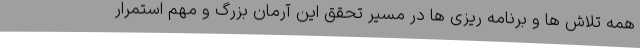
همه تلاش ها و برنامه ریزی ها در مسیر تحقق این آرمان بزرگ و مهم استمرار